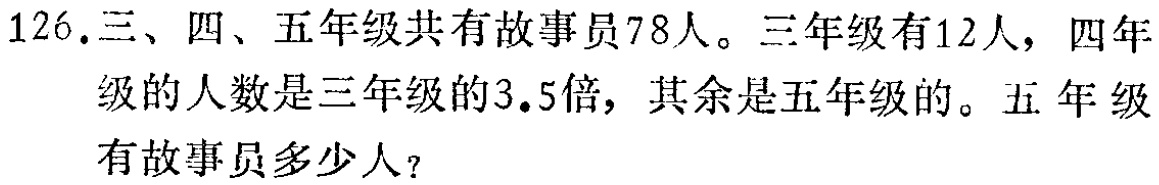
126.三、四、五年级共有故事员78人。三年级有12人，四年级的人数是三年级的3.5倍，其余是五年级的。五年级有故事员多少人？